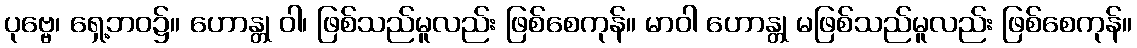
ပုဗ္ဗေ၊ ရှေ့ဘဝ၌။ ဟောန္တု ဝါ၊ ဖြစ်သည်မူလည်း ဖြစ်စေကုန်။ မာဝါ ဟောန္တု မဖြစ်သည်မူလည်း ဖြစ်စေကုန်။